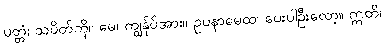
ပတ္တံ၊ သပိတ်ကို။ မေ၊ ကျွန်ုပ်အား။ ဥပနာမေထ၊ ပေးပါဦးလော့။ ဣတိ၊